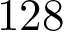
1 2 8